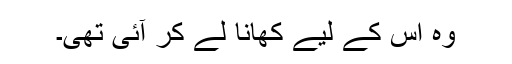
وہ اس کے لیے کھانا لے کر آئی تھی۔